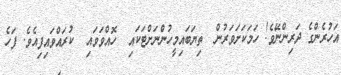
އަހުރެންގެ ދަރިންނޭވެ! ހަމަކަށަވަރުން  ތިޔަބައިމީހުންނަށްޓަކައި  ހޮއްވަވައި  ކުރައްވައިފިއެވެ. ފަހެ